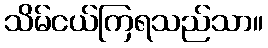
သိမ်ငယ်ကြရသည်သာ။